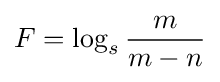
F=\log _{s}{\frac {m}{m-n}}